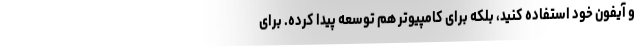
و آیفون خود استفاده کنید، بلکه برای کامپیوتر هم توسعه پیدا کرده. برای